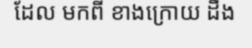
ដែល មកពី ខាងក្រោយ ដឹង